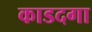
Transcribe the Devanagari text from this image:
काडदगा